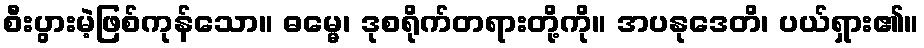
စီးပွားမဲ့ဖြစ်ကုန်သော။ ဓမ္မေ၊ ဒုစရိုက်တရားတို့ကို။ အပနုဒေတိ၊ ပယ်ရှား၏။